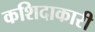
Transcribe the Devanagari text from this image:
कशिदाकारी